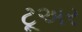
ટૂઅર